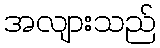
အလျားသည်